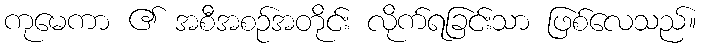
ကုမေကာ ၏ အစီအစဉ်အတိုင်း လိုက်ရခြင်းသာ ဖြစ်လေသည်။